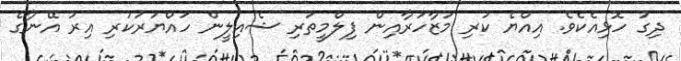
ދިގު ހޮޅިއެކެވެ. އިއްޔެ ކުރި މުޒާހަރާއިން ފިލްމީތަރި ޝެއިލީން ހައްޔަރުކުރި އިރު އޭނާގެ